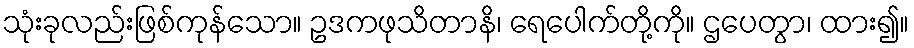
သုံးခုလည်းဖြစ်ကုန်သော။ ဥဒကဖုသိတာနိ၊ ရေပေါက်တို့ကို။ ဌပေတွာ၊ ထား၍။